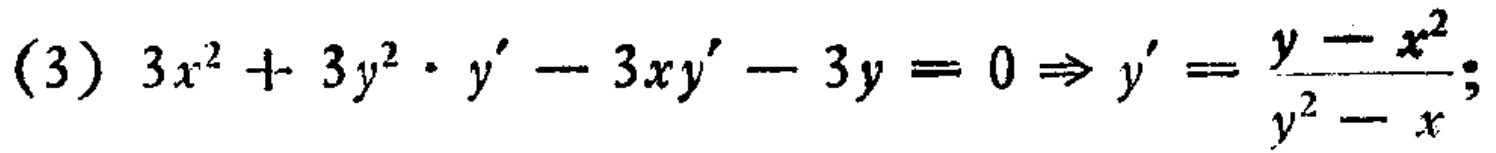
(3) \(3x^{2}+3y^{2}\cdot y' - 3xy' - 3y = 0\Rightarrow y'=\frac{y - x^{2}}{y^{2}-x};\)